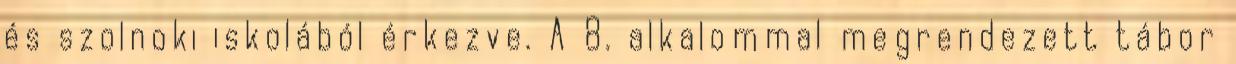
és szolnoki iskolából érkezve. A 8. alkalommal megrendezett tábor